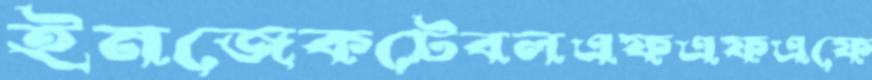
ইনজেকটেবলএফএফএফে